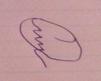
Signature authenticity: forged